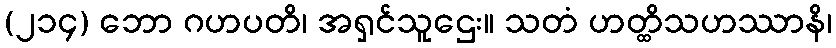
(၂၁၄) ဘော ဂဟပတိ၊ အရှင်သူဌေး။ သတံ ဟတ္ထိသဟဿာနိ၊